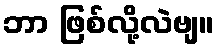
ဘာ ဖြစ်လို့လဲဗျ။